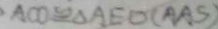
A C O \cong \Delta A E D ( A A S )